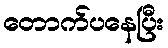
တောက်ပနေပြီး